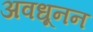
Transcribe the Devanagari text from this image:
अवधूनन